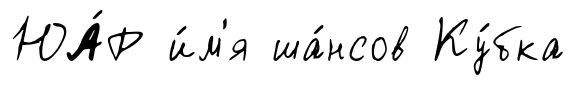
ЮА́Р и́м'я ша́нсов Ку́бка